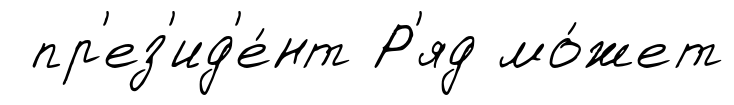
пр'ез'ид'е́нт Р'яд мо́жет